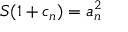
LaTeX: S ( 1 + c _ { n } ) = a _ { n } ^ { 2 }